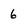
Character: 6